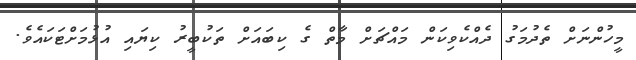
މީހުންނަށް ތެދުމަގު ދެއްކެވިކަން މައްޗަށް މާތް ގެ ކިބައަށް ތަކުބީރު ކިޔައި އުޅުމަށްޓަކައެވެ.